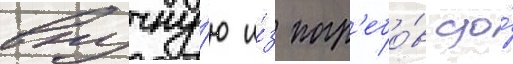
вручну́ю и́з погр'ебо́в до́